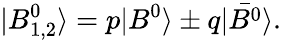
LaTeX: |B_{1,2}^{0}\rangle=p|B^{0}\rangle\pm q|\bar{B^{0}}\rangle.